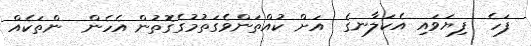
ފަހެ  ފިޔަވައި އެކަލާނގެ  އަށް ކުއްތަންވެގަތުމުގެގޮތުން އެހެން  ންތަކެއް